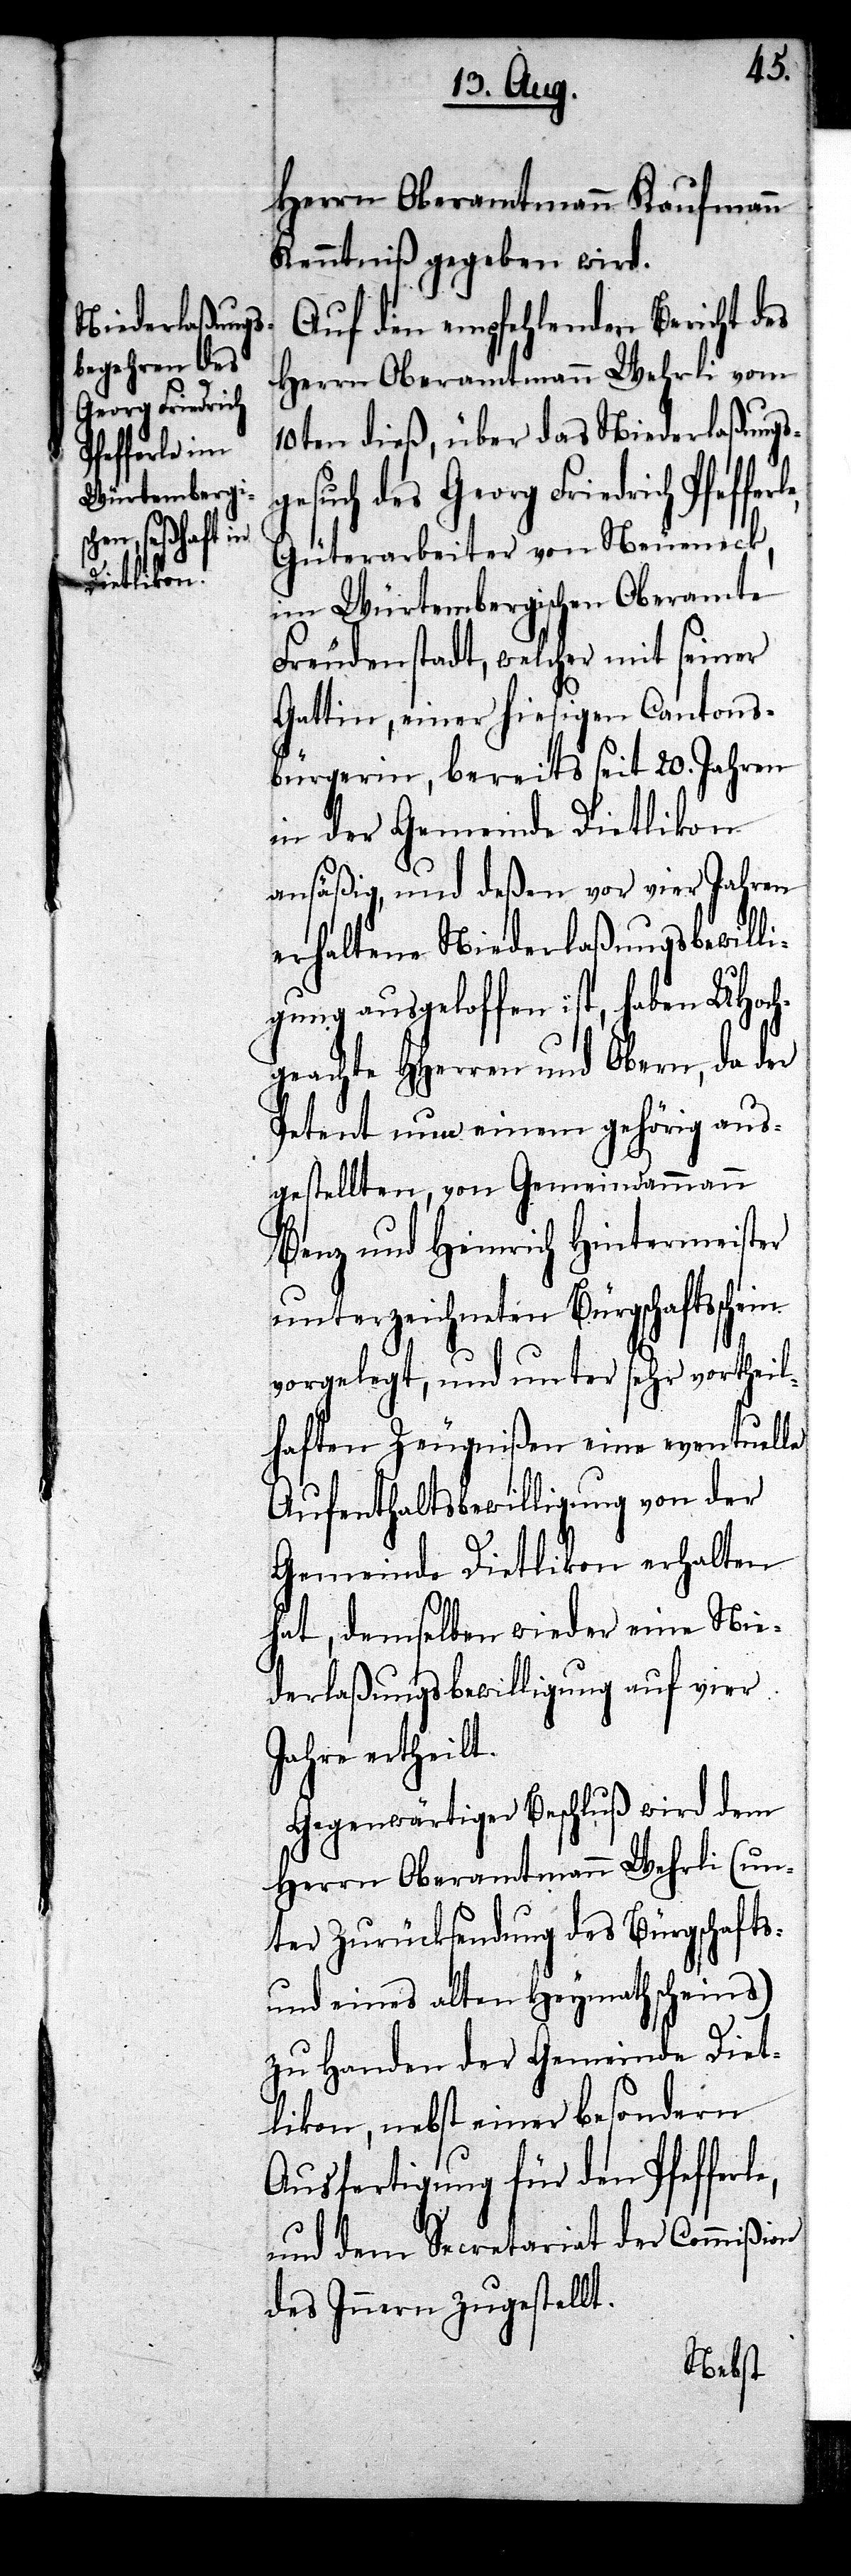
Georg Friedrich
Pfefferle,

e,
Herrn Oberamtmann Kaufmann
Kenntniß gegeben wird.
Auf den empfehlenden Bericht des
Herrn Oberamtmann Wehrli vom
10ten dieß, über das Niederlaßung¬
sgesuch des
Güterarbeiter von Neueneck,
im Würtembergischen Oberamte
Freudenstadt, welcher mit seiner
Gattin, einer hiesigen Cantons¬
bürgerin, bereits seit 20. Jahren
in der Gemeinde Dietlikon
ansäßig, und deßen vor vier Jahren
erhaltene Niederlaßungsbewilli¬
gung ausgeloffen ist, haben UHoch¬
geachte HHerren und Obern, da der
Petent nun einem gehörig aus¬
gestellten, von Gemeindammann
Benz und Heinrich Hintermeister
unterzeichneten Bürgschaftsschein
vorgelegt, und unter sehr vortheil¬
haften Zeugnißen eine eventuelle
Aufenthaltsbewilligung von der
Gemeinde Dietlikon erhalten
hat, demselben wieder eine Nie¬
derlaßungsbewilligung auf vier
Jahre ertheilt.
Gegenwärtiger Beschluß wird dem
Herrn Oberamtmann Wehrli (un¬
ter Zurücksendung des Bürgschafts-
und eines alten Heymathscheins)
zu Handen der Gemeinde Diet¬
likon, nebst einer besondern
Ausfertigung für den Pfefferl¬
und dem Secretariat der Commißion
des Innern zugestellt.